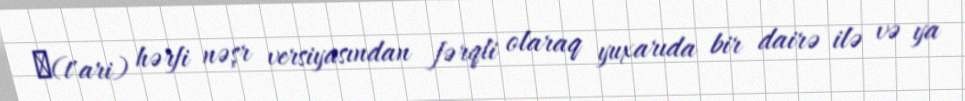
ტ(t'ari) hərfi nəşr versiyasından fərqli olaraq yuxarıda bir dairə ilə və ya